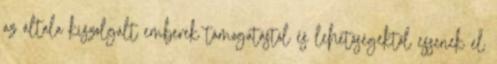
az általa kiszolgált emberek támogatástól és lehetőségektől essenek el